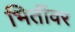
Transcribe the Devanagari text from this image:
भितींवर